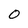
Character: 0